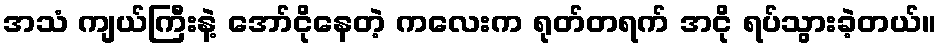
အသံ ကျယ်ကြီးနဲ့ အော်ငိုနေတဲ့ ကလေးက ရုတ်တရက် အငို ရပ်သွားခဲ့တယ်။